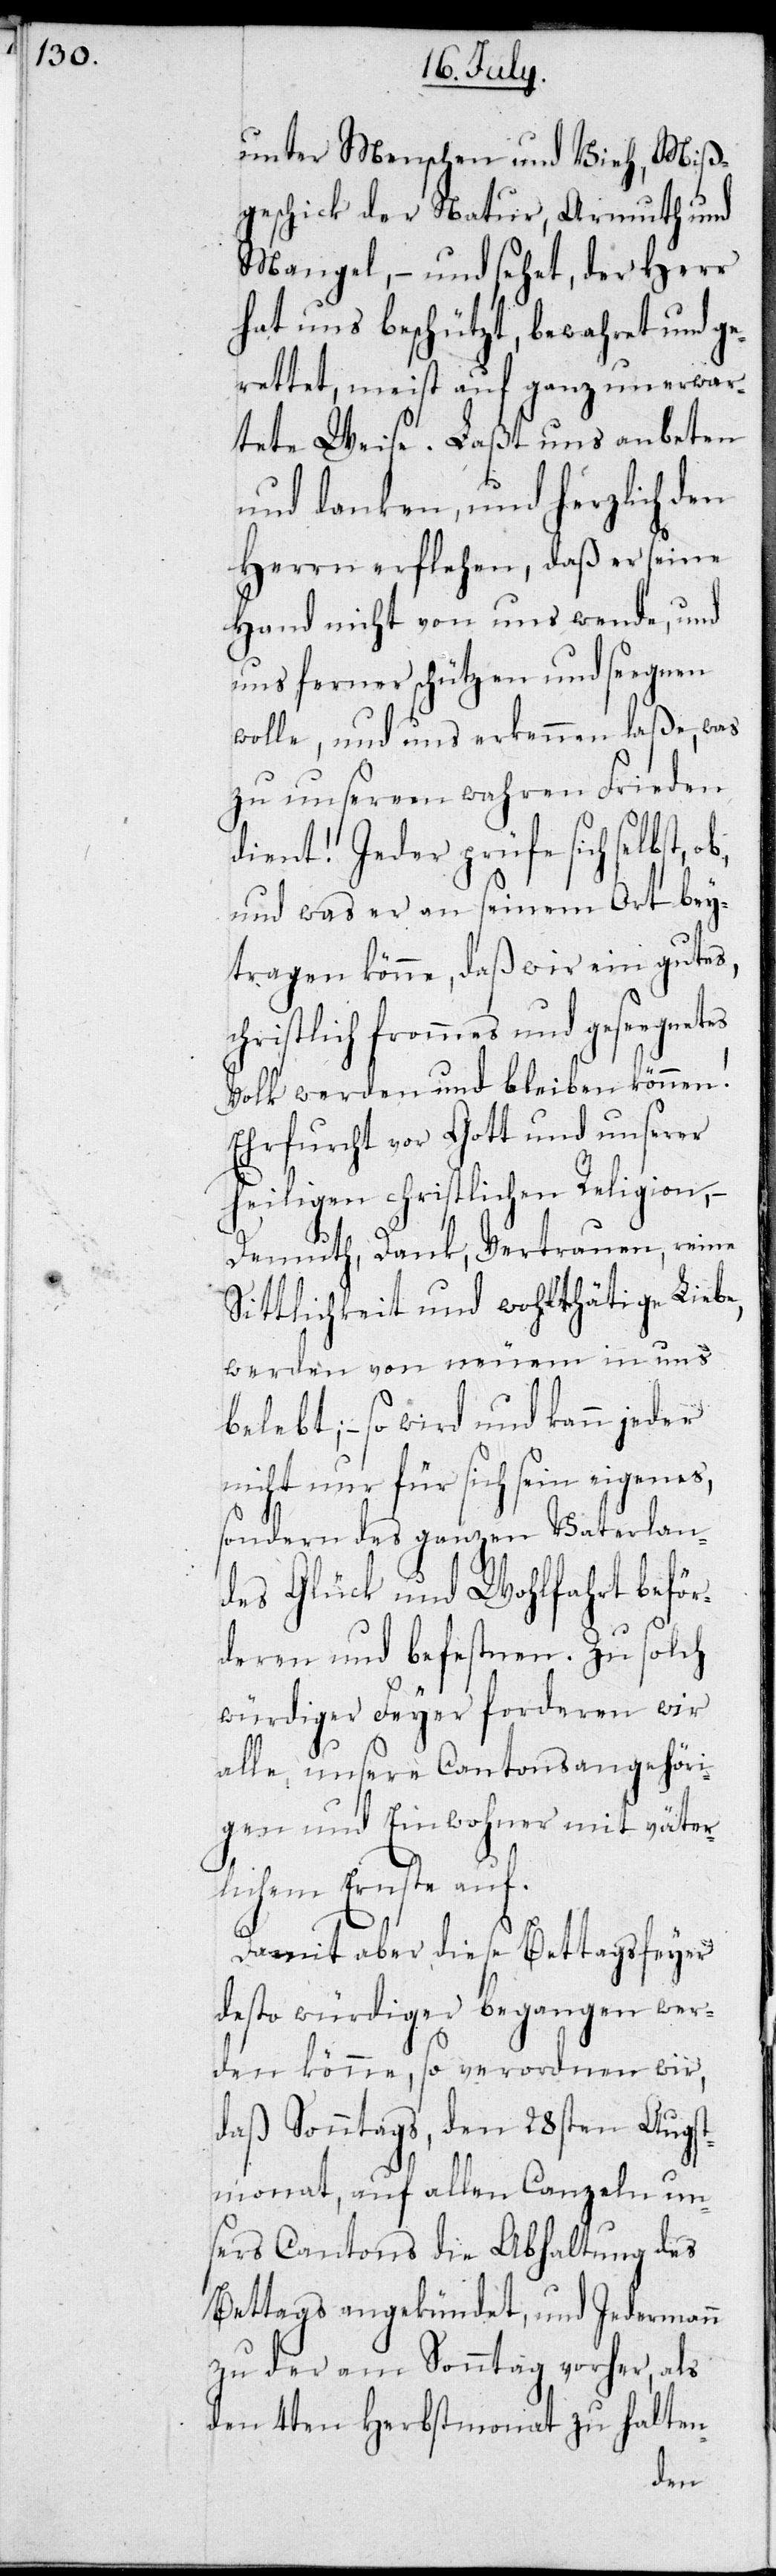
unter Menschen und Vieh, Miß¬
geschick der Natur, Armuth und
Mangel, – und sehet, der Herr
hat uns beschützt, bewahret und ge¬
rettet, meist auf ganz unerwar¬
tete Weise. Laßt uns anbeten
und danken, und herzlich den
Herrn erflehen, daß er seine
Hand nicht von uns wende, und
uns ferner schützen und seegnen
wolle, und uns erkennen laßen, was
zu unseren wahren Frieden
dient! Jeder prüfe sich selbst,
und was er an seinem Ort bey¬
tragen könne, daß wir ein gutes,
christlich frommes und gesegnetes
Volk werden und bleiben können!
Ehrfurcht vor Gott und unserer
heiligen christlichen Religion, –
Demuth, Dank, Vertrauen, reine
Sittlichkeit und wohlthätige Liebe,
werden von neuem in uns
belebt, – so wird und kann jeder
nicht nur für sich sein eigenes,
sondern des ganzen Vaterlan¬
des Glück und Wohlfahrt beför¬
deren und befestnen. Zu solch
würdiger Feyer forderen wir
alle, unsern Cantonsangehöri¬
gen und Einwohner mit väter¬
lichem Ernste auf.
Damit aber diese Bettagsfeyer
desto würdiger begangen wer¬
den könne, so verordnen wir,
daß Sonntags, den 28sten Augst¬
monat, von allen Canzeln un¬
sers Cantons die Abhaltung des
Bettags angekündet, und Jedermann
zu der am Sonntag vorher, als
den 4ten Herbstmonat zu halten-